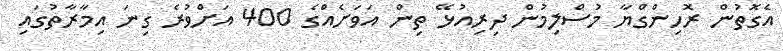
އެގޮތުން ރޮހިންގްޔާ މުސްލިމުން ދިރިއުޅޭ ތިން އަވަށެއްގެ 400 އަށްވުރެ ގިނަ އިމާރާތުގައި